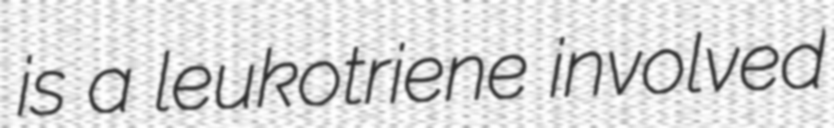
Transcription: is a leukotriene involved